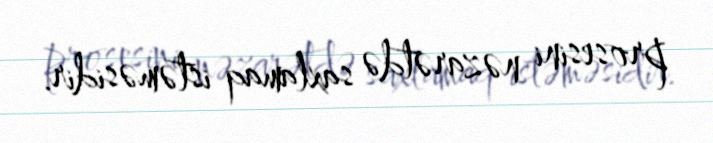
prosesini nəzarətdə saxlamaq istəməsidir.